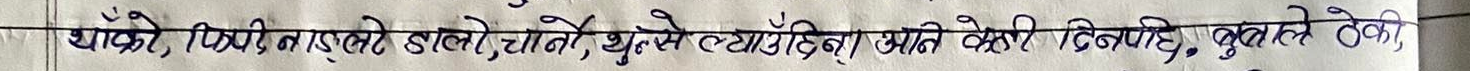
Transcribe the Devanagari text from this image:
धोके, पिचरी न इस्ले डाले, छाने, घुम्से लगाउँछ, भन्न सक्छ, किनकि